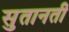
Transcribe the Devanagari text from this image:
सुतानती